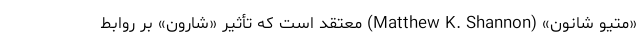
«متیو شانون» (Matthew K. Shannon) معتقد است که تأثیر «شارون» بر روابط